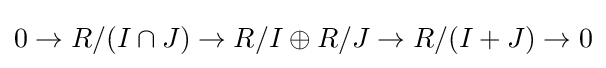
0\to R/(I\cap J)\to R/I\oplus R/J\to R/(I+J)\to 0